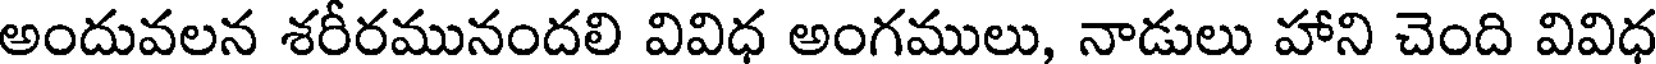
అందువలన శరీరమునందలి వివిధ అంగములు, నాడులు హాని చెంది వివిధ